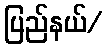
ပြည်နယ်/